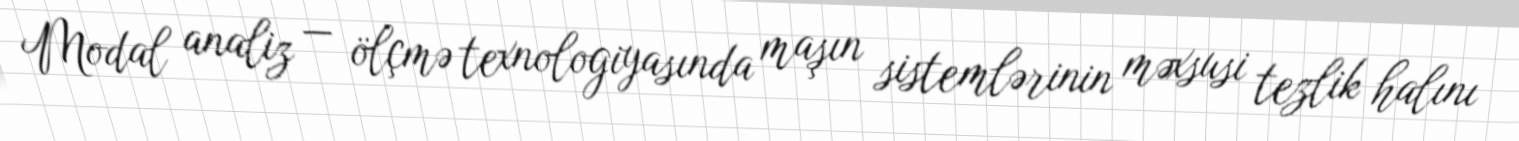
Modal analiz — ölçmə texnologiyasında maşın sistemlərinin məxsusi tezlik halını